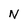
Character: N